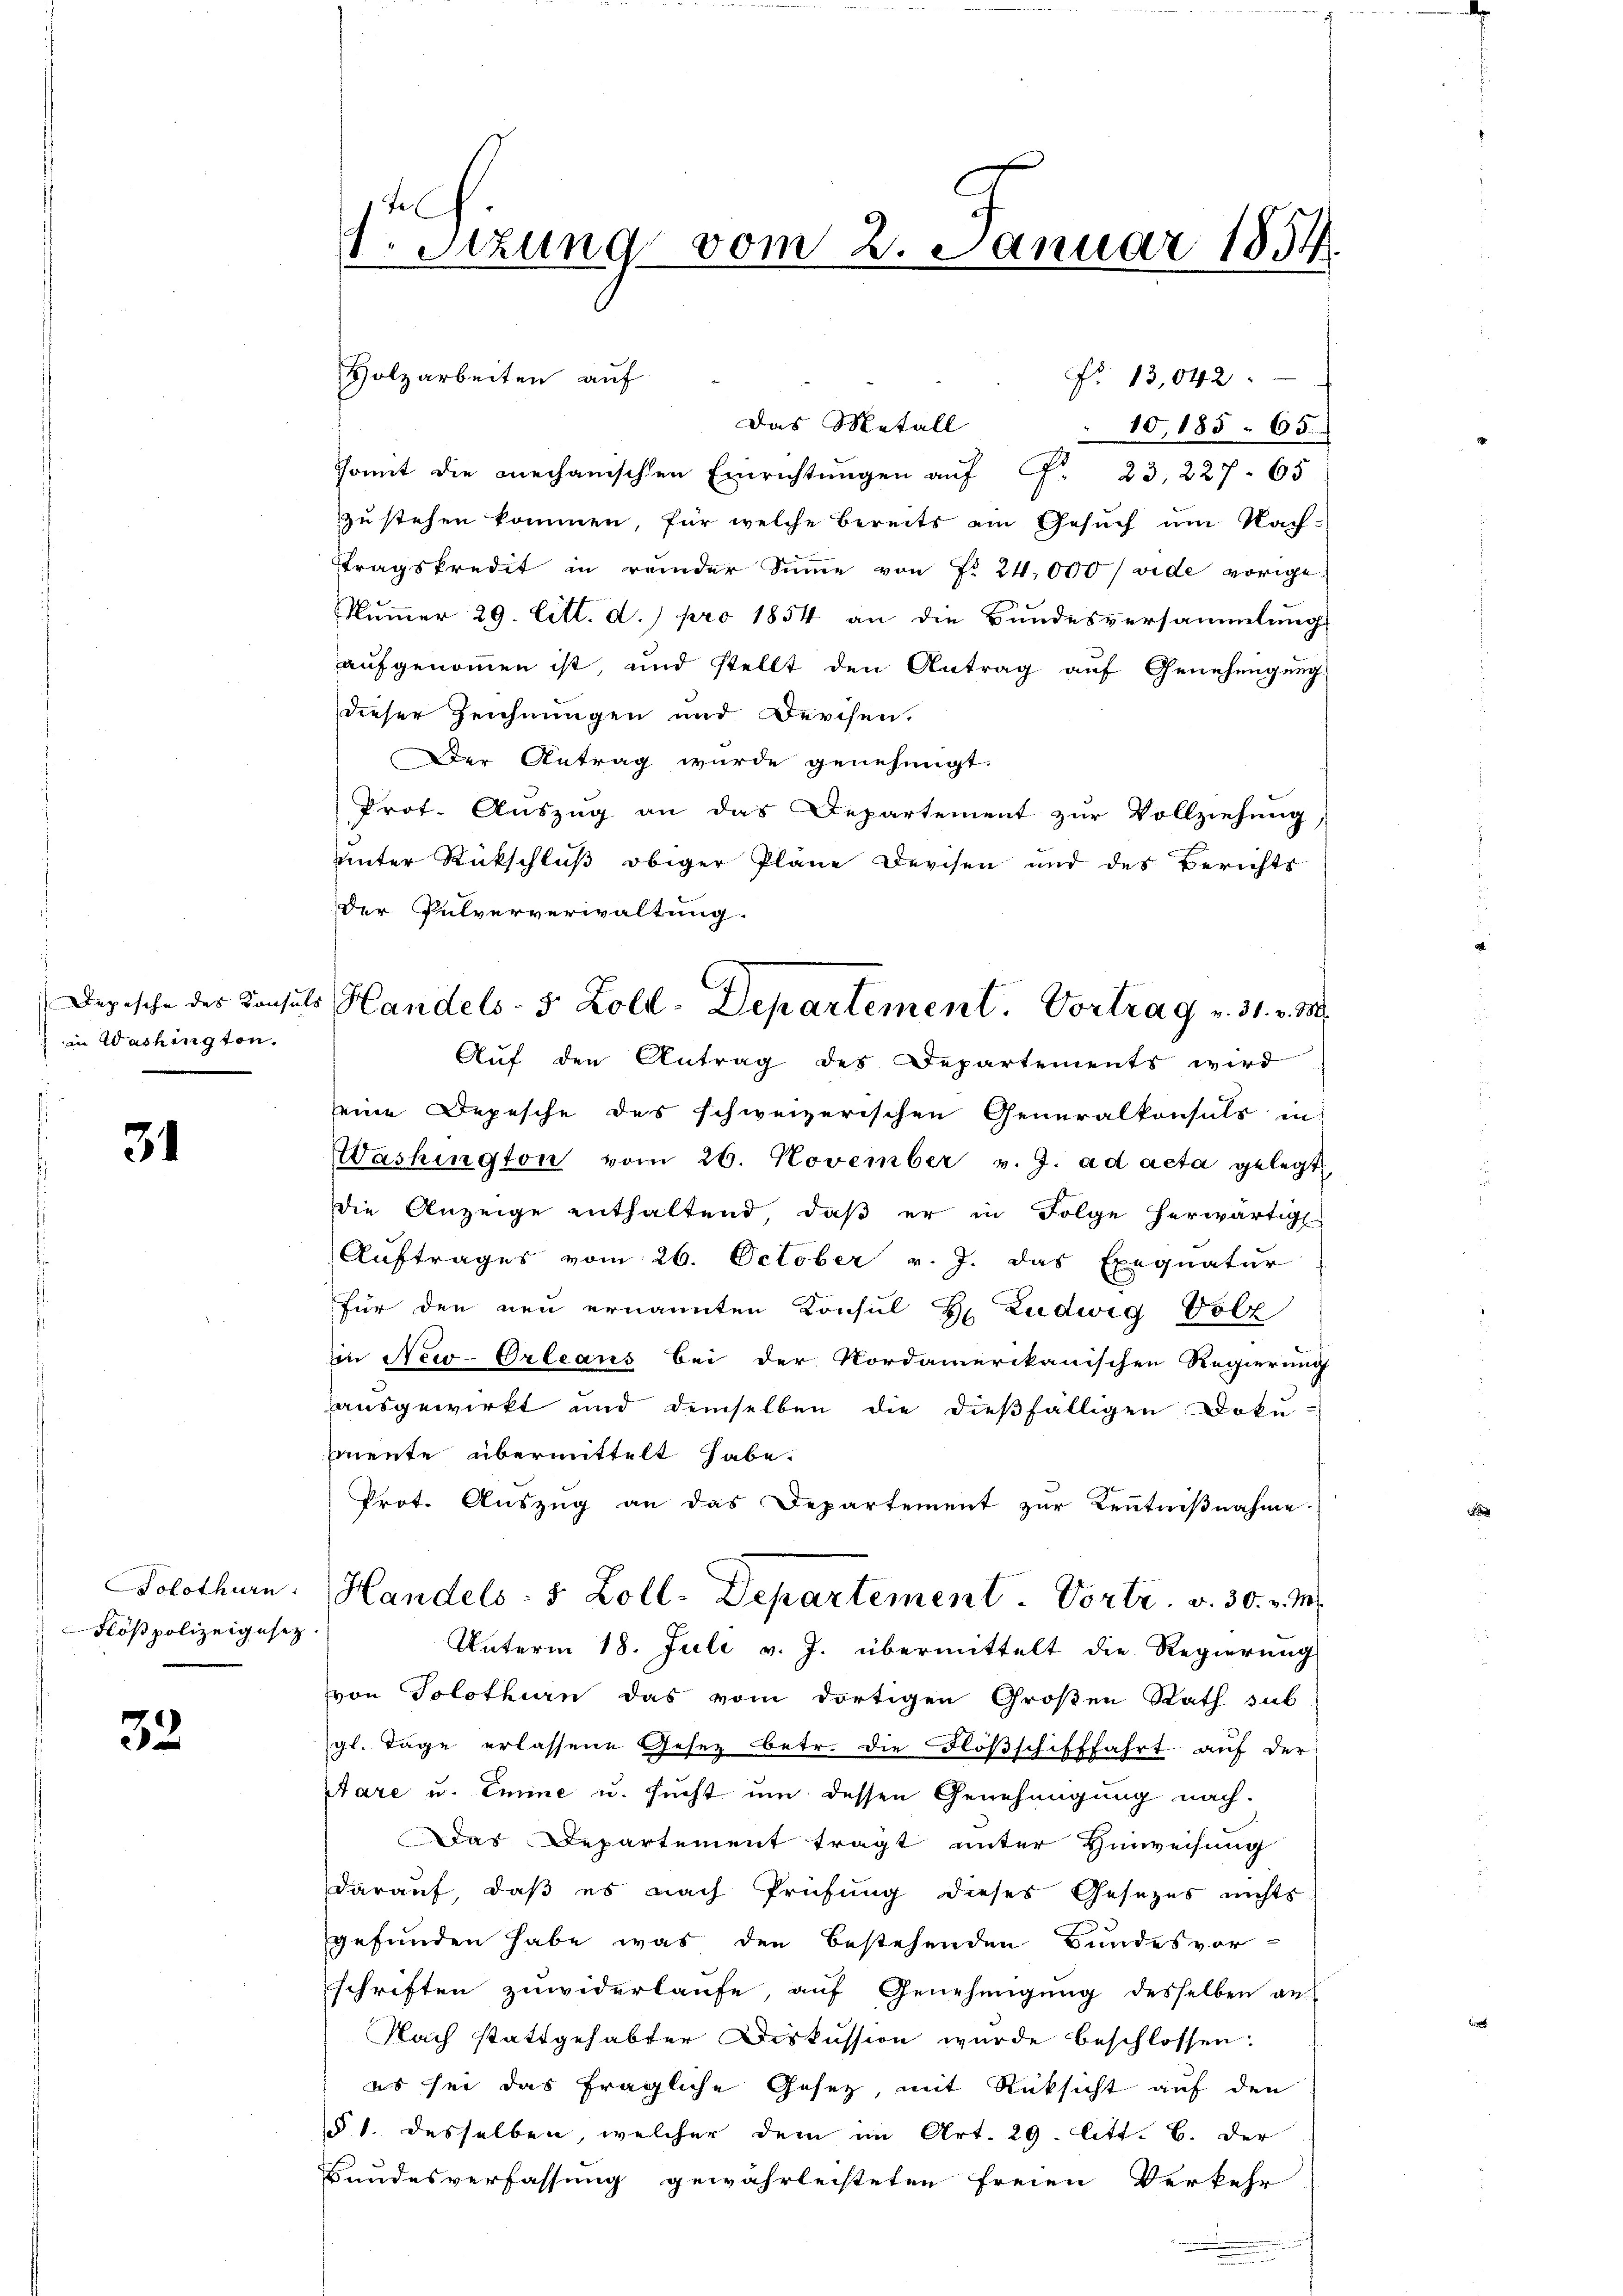
Depesche des Konsu
in Washington.

31

Flöß polizeigesetz

32.

1. Sitzung vom 2. Januar 1854.

Holzarbeiten auf
Das Metall
10, 185. 65.
somit die mechanischen Einrichtŭngen aŭf G. 23, 227. 65
zu stehen kommen, für welche bereits ein Gesŭch um Nach-
ttragskredit in reider Summe von Fr. 24,000 / vide vorige
Nummer 29. litt. d.) pro 1854 an die Bundesversammlung
aufgenommen ist, und stellt den Antrag auf Genehmigung
dieser Zeichnungen und Derchen.
Der Antrag wurde genehmigt.
Prot. Aŭszŭg an das Departement zŭr Vollziehung,
unter Rückschluß obiger Pläne Devisen und des Berichts
Der Pulververwaltung.
Auf den Antrag des Departements wird
seine Depesche des schweizerischen Generalkonsuls in
Washington vom 26. November v. J. ad acta gelegt,
die Anzeige enthaltend, daβ er in Folge herwärtigt.
Auftrages vom 26. October v. J. das Exequatur
für den neu ernannten Konsul H Ludwig Volz
in New-Orleans bei der Nordamerikanischen Regierung
ausgewirkt und demselben die dießfälligen Doku-
mmente übermittelt habe.
Prot. Auszug an das Departement zur Kenntnißnahme.
Solothurn. Handels- 5 Zoll-Departement. Vortr. v. 30. v. M.
Unterm 18. Juli v. J. übermittelt die Regierung
von Solothurn das vom dortigen Großen Rath sub
gl. Tage erlassene Gesez betr. die Flößschifffahrt auf der
pare u. Emme u. sucht um dessen Genehmigung nach.
Das Departement trägt unter Hinweisung
darauf, daß es nach Prüfung dieses Gesezes nichts
gefunden habe, was den bestehenden Bundesvor-
schriften zuwiderlaufe, auf Genehmigung desselben an
Nach stattgehabter Diskussion wurde beschlossen:
es sei das fragliche Gesetz, mit Rücksicht auf den
§ 1. desselben, welcher dem im Art. 29. litt. B. der
Bandesverfassung gewährleisteten freien Verkehr

No. 13,042:

t Handels- 5 Zoll-Departement. Vortrag v. 31. v. M.